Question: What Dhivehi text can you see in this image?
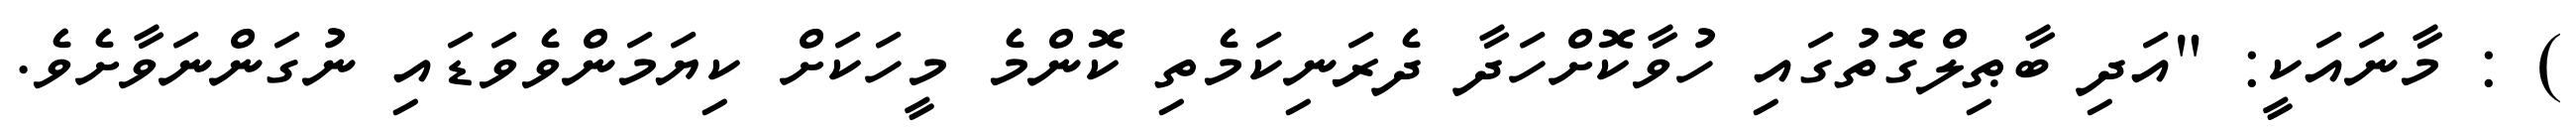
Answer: ) : މާނައަކީ: "އަދި ބާޠިލްގޮތުގައި ހުވާކޮށްހަދާ ދެރަނިކަމެތި ކޮންމެ މީހަކަށް ކިޔަމަންވެވަޑައި ނުގަންނަވާށެވެ.